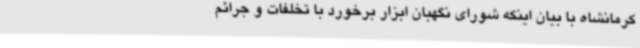
کرمانشاه با بیان اینکه شورای نگهبان ابزار برخورد با تخلفات و جرائم